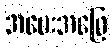
အမေးအဖြေ